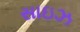
સાઇઝ